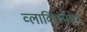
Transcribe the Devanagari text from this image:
व्लादिस्लॉच्या